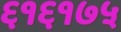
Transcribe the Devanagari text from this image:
६१६१७५